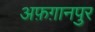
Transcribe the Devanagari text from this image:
अफ़ग़ानपुर